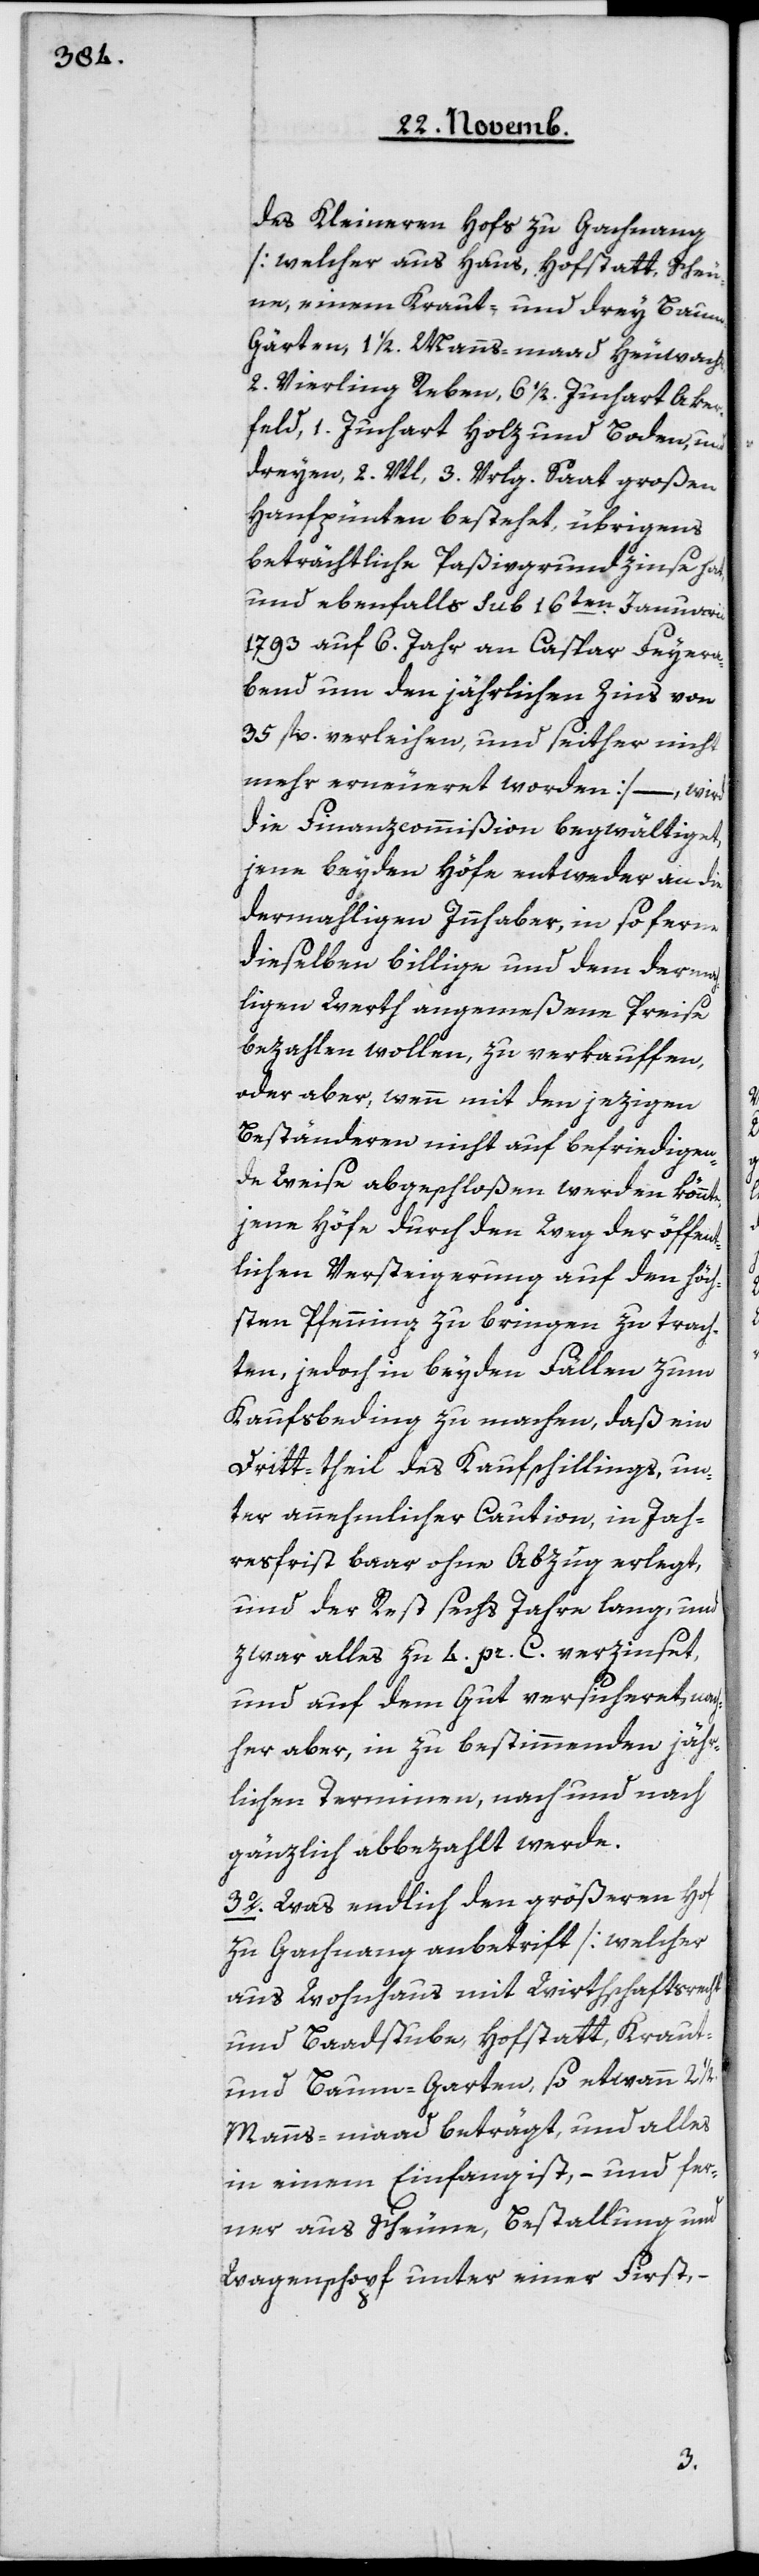
des Kleineren Hofs zu Gachnang
[welcher aus Haus, Hofstatt, Scheu¬
ne, einem Kraut- und drey Baum-G¬
ärten, 1 1/2 Manns-maad Heuwachs,
2 Vierling Reben, 6 1/2 Juchart Aker¬
feld, 1 Juchart Holz und Boden, und
dreyen, 2 Vrtl., 3 Vrlg. Saat großen
Hanfpünten bestehet, übrigens
beträchtliche Paßivgrundzinse hat,
und ebenfalls sub 16ten Januarii
1793 auf 6 Jahr an Caspar Feyera¬
bend um den jährlichen Zins von
35 fl. verleihen und seither nicht
mehr erneuert worden] – wird
die Finanzcommißion begwältiget,
jene beyden Höfe entweder an die
dermahligen Innhaber, in soferne
dieselben billige und dem dermah¬
ligen Wert angemeßene Preise
bezahlen wollen, zu verkauffen,
oder aber, wenn mit den jezigen
Beständeren nicht auf befriedigen¬
de Weise abgeschloßen werden könnte,
jene Höfe durch den Weg der öffent¬
lichen Versteigerung auf den höch¬
sten Pfenning zu bringen zu trach¬
ten, jedoch in beiden Fällen zum
Kaufsbeding zu machen, daß ein
Dritt-theil des Kaufschillings, un¬
ter annehmlicher Caution, in Jah¬
resfrist baar ohne Abzug erlegt,
und der Rest sechs Jahre lang und
zwar alles zu 4 pr. C. verzinset,
und auf dem Gut versicheret, nach¬
her aber, in zu bestimmenden jähr¬
lichen Terminen, nach und nach
gänzlich abbezahlt werde.
3o Was endlich den größeren Hof
zu Gachnang anbetrift [welcher
aus Wohnhaus mit Wirthschaftsrecht
und Baadstube, Hofstatt, Kraut-
und Baum-Garten, so etwann 2
Manns-maad beträgt, und alles
in einem Einfang ist, – und fer¬
ner aus Scheune, Bestallung und
Wagenschopf unter einer First,